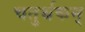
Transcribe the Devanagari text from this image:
चतुर्थकम्